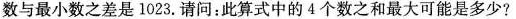
数与最小数之差是1023.请问：此算式中的4个数之和最大可能是多少?